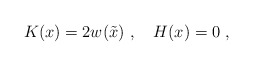
\begin{align*}K(x) = 2 w(\tilde x) \ , \ \ \ H(x)=0\ ,\end{align*}